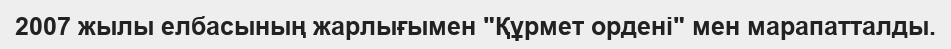
2007 жылы елбасының жарлығымен "Құрмет ордені" мен марапатталды.